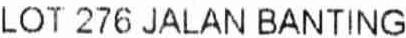
LOT 276 JALAN BANTING